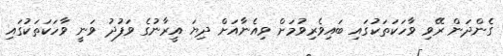
ގެންދަން ރޭވި ވާހަކަތަކުގައި ބައިވެރިވުމަށް ވިއެނާއަށް ދިޔަ އީރާނުގެ ވަފުދު ވަނީ ވާހަކަތަކުގައި